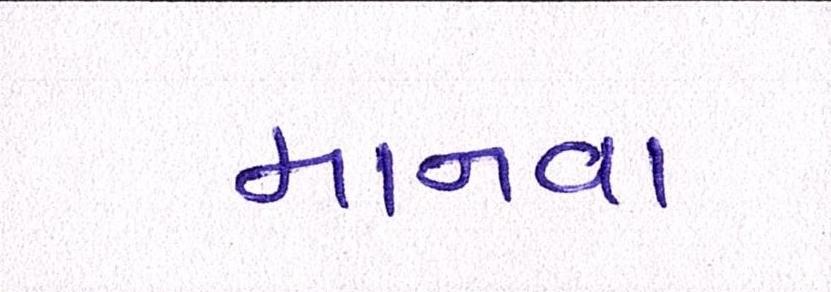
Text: માનવા